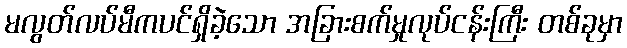
မလွတ်လပ်မီကပင်ရှိခဲ့သော အခြားစက်မှုလုပ်ငန်းကြီး တစ်ခုမှာ